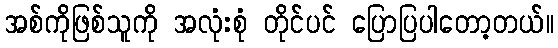
အစ်ကိုဖြစ်သူကို အလုံးစုံ တိုင်ပင် ပြောပြပါတော့တယ်။